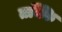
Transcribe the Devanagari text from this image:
तक्कि